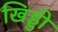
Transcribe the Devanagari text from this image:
खिड्डी